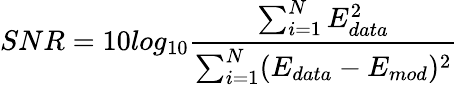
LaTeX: SNR=10log_{10}\frac{\sum_{i=1}^{N}E_{data}^{2}}{\sum_{i=1}^{N}(E_{data}-E_{mod})^{2}}